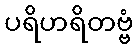
ပရိဟရိတဗ္ဗံ